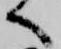
へ